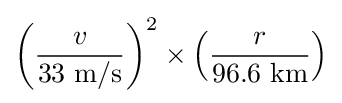
\left({\frac {v}{33\ \mathrm {m/s} }}\right)^{2}\times \left({\frac {r}{96.6\ \mathrm {km} }}\right)